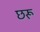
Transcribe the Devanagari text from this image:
छरू